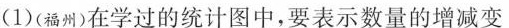
(1)(福州)在学过的统计图中，要表示数量的增减变